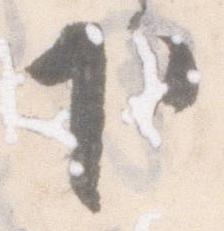
下